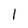
Character: 1